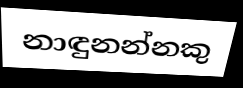
නාඳුනන්නකු